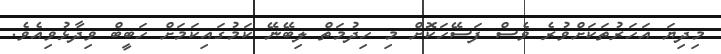
މިދިޔަ އަހަރުތަކަށްވުރެ ވެސް ފަސޭހަކޮށް މި ހިދުމަތް ލިބޭނޭ ކަމުގައިކަމަށް ހަބީބް ވިދާޅުވިއެވެ.